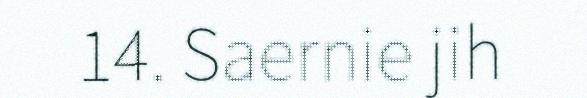
14. Saernie jih